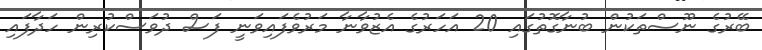
ބޭރުގެ ނޫސްތަކުން ބުނާގޮތުގައި 20 އަހަރުގެ އެޒުވާނާ މަރުވެފައިވަނީ ފަސް ދުވަސްކުރިން ހަދާފައި